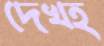
দেখহ